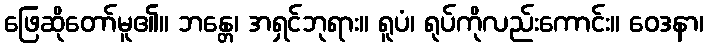
ဖြေဆိုတော်မူ၏။ ဘန္တေ၊ အရှင်ဘုရား။ ရူပံ၊ ရုပ်ကိုလည်းကောင်း။ ဝေဒနာ၊